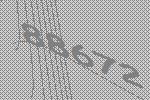
88672